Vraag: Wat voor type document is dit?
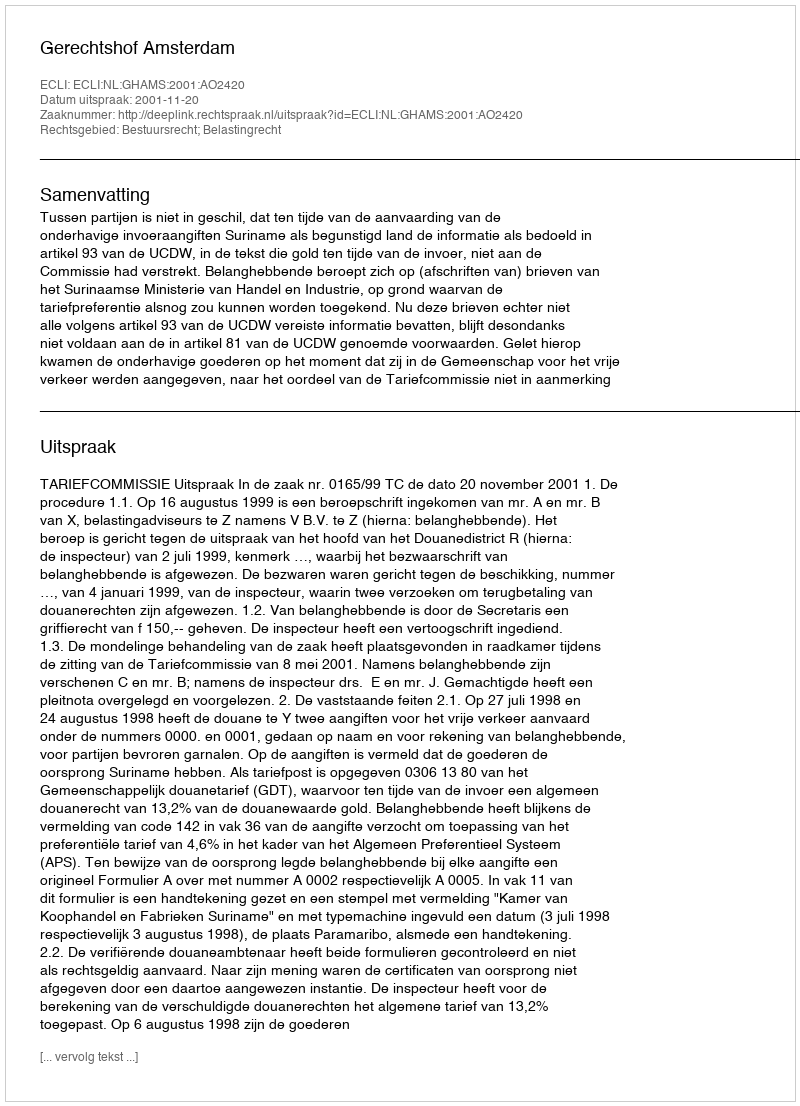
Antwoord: Uitspraak